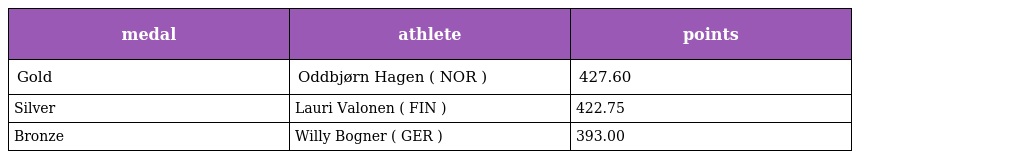
| medal | athlete | points |
 | --- | --- | --- |
 | Gold | Oddbjørn Hagen ( NOR ) | 427.60 |
 | Silver | Lauri Valonen ( FIN ) | 422.75 |
 | Bronze | Willy Bogner ( GER ) | 393.00 |